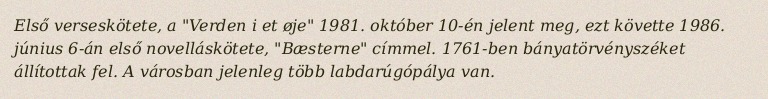
Első verseskötete, a "Verden i et øje" 1981. október 10-én jelent meg, ezt követte 1986. június 6-án első novelláskötete, "Bæsterne" címmel. 1761-ben bányatörvényszéket állítottak fel. A városban jelenleg több labdarúgópálya van.